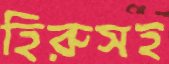
হিরুসহ